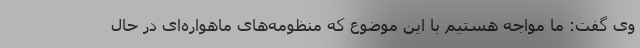
وی گفت: ما مواجه هستیم با این موضوع که منظومه‌های ماهواره‌ای در حال